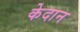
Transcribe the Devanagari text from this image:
केदान